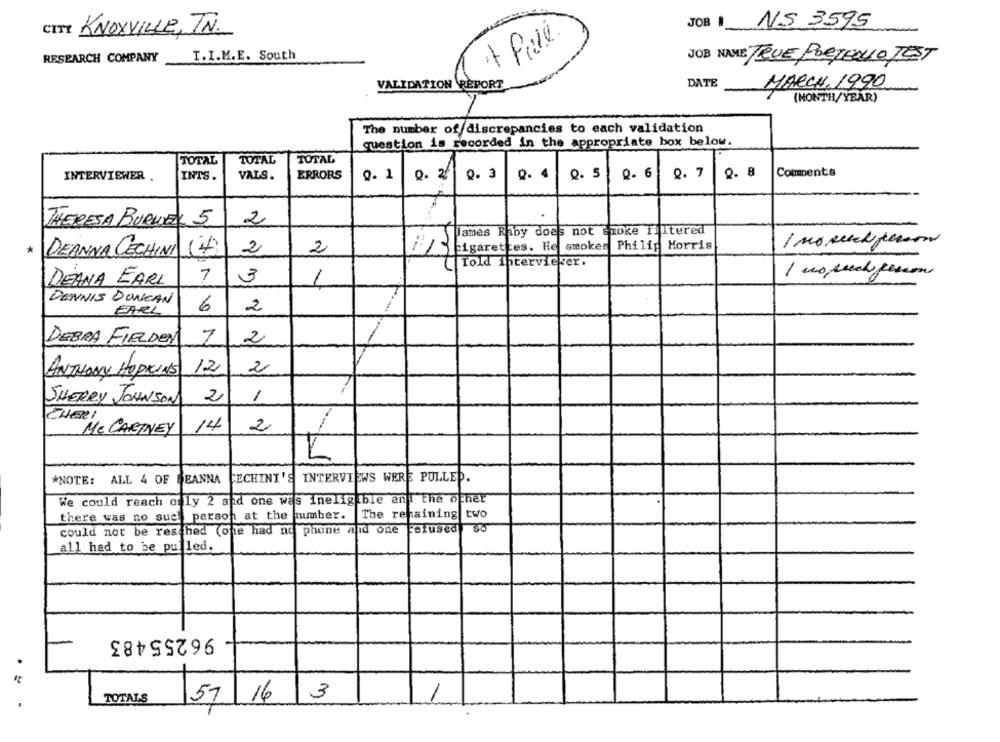
JOB I NS 3595
CITY KNOXVILLE, TN.
RESEARCH COMPANY
I.I.M.E. South
JOB NAME TRUE PORTEOLO TEST
VALIDATION REPORT
DATE
MARCH, 1990
(MONTH/YEAR)
The number of discrepancies to each validation
question is recorded in the appropriate box below.
TOTAL
TOTAL
TOTAL
INTERVIEWER .
INTS .
VALS.
ERRORS
0.1
Q. 25
Q. 3
0. 4
0. 5
9- 6
0.7
0. 8
Comments
2
THERESA BURWELL 5.
James Rhby does not shoke filtered
Cigarettes. He smokes Philip Morris
* DEANNA CECHINI (7)
2
2
Told Interviewer.
1 us pech persone
DEANA EARL
7
3
1
DENNIS DUNCAN
EARL
6
2
DEBRA FIELDEN
7
2
ANTHONY HOPKINS
12
2
SHERRY JOHNSON
2
1
CHER!
MC CARTNEY
14
2
*NOTE: ALL 4 OF BEANNA
BEANNA
FECHINI'S
INTERVIEWS WERE PULLED.
We could reach only 2 and one was ineligible and the other
two
there was no such person at the number.
The remaining
could not be reached (one had no phone alid one Ferused
all had to be pulled.
96255483
3
1
TOTALS
57/16